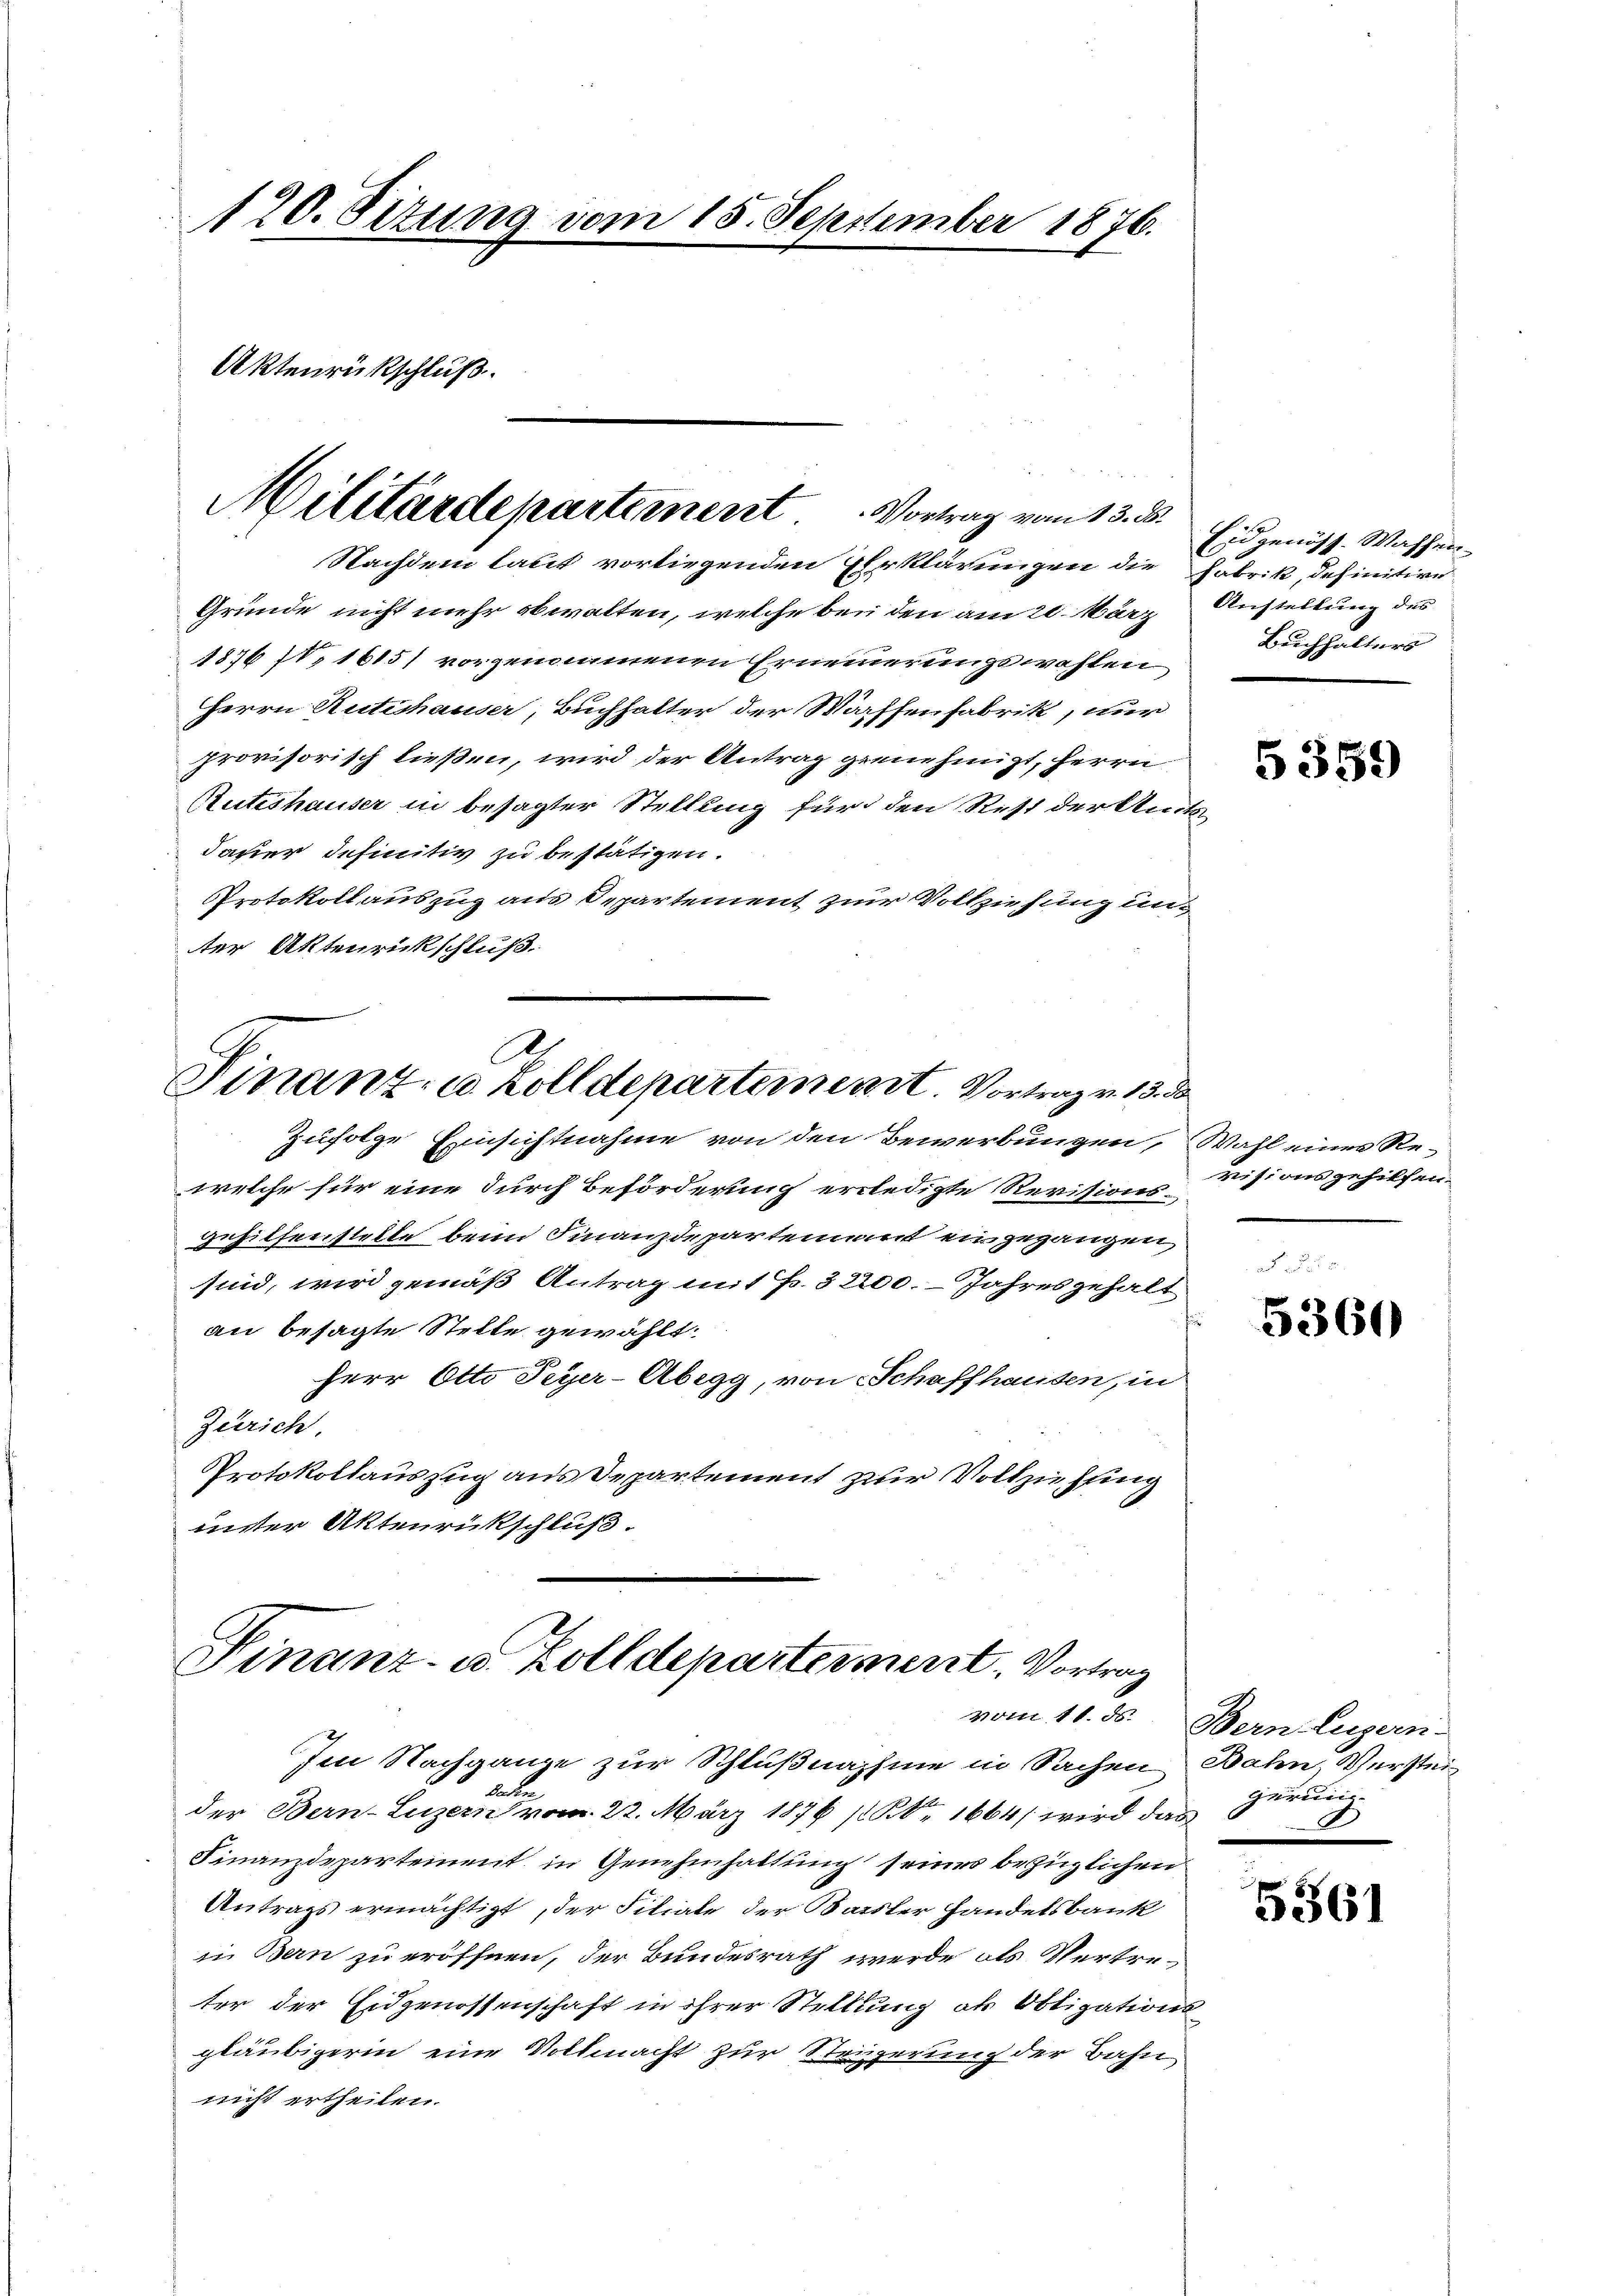
120. Sizung vom 15. September 1876.
Aktenrückschluß.

Militärdepartement. Vortrag vom 13. ds.
Nachdem laut vorliegenden Erklärungen die Fabrik, definitive

Gründe nicht mehr obwalten, welche bei den am 20. März
1876 IV 1615) vorgenommenen Ernennerungswahlen
Herrn Rutishauser, Buchhalter der Waffenfabrik, nur
provisorisch ließen, wird der Antrag genehmigt, herrn
Ruteshauser in besagter Stellung für den Rest der Ange
daher definitiv zu bestätigen.
Protokoll auszug aus Departement zur Vollziehung unter Aktenrickschluß.
A.
Finanz- u. Zolldepartement. Vortrag v. 13. 3
Zufolge Einsichtnahme von den Bewerbungen,
welche für eine durch Beförderung erledigte Revisionsehilfenstelle beim Finanzdepartennant ein gegangen
sind, wird gemäß Antrag mit Fr. 3200. Jahres gehalt
an besagte Stelle gewählt:
Herr Otto Peyer-Abegg, von Schaffhausen, in
Zürich.
Protokollauszug aus Departement zur Vollziehung
unter Aktenrückschluß

Finanz- u. Zolldepartement, Vortrag

Eidgenöss. Wassen.
Austellung des
Buchhalters

Im Nachgange zur Schlußnahme in Sachen Bahn, Versteite
der Bern-Luzern vom 22. März 1876 (Br 1664/ wird das
Finanzdepartement in Genehmhaltung seines bezüglichen
Antrags ermächtigt, der Filiale der Basler Handelsbank
in Bern zu eröffnen, der Bundesrath werde als Vertreter der Eidgenossenschaft in ihrer Stellung als Obligations
gläubigerin eine Vollmacht zur Steigerung der Bahn
nicht ertheilen.

1

5359

Wahl einer Rezisionsgehilfen.

5360

vom 11. ds. Bern Zugern-
gerung
I

5361